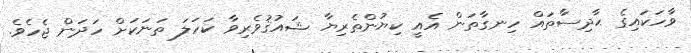
ވާހަކައިގެ ޙާދިސާތައް ހިނގާތަން އެއީ ކިޔުންތެރިޔާ ޝައުޤުވެރިވާ ކަހަލަ ތަނަކަށް ހަދަން ޖެހެވެ.